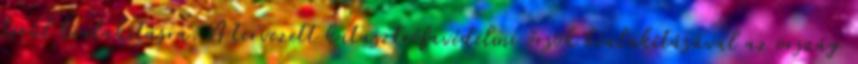
kerül kialakításra. A tervezett katasztrófavédelmi őrsök kialakításával az ország